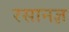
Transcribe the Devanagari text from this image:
रसानज्ञ